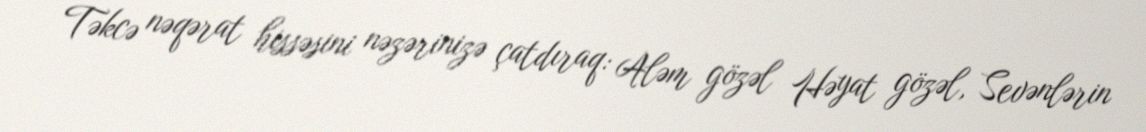
Təkcə nəqərat hissəsini nəzərinizə çatdıraq: Aləm gözəl Həyat gözəl, Sevənlərin